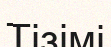
Тізімі